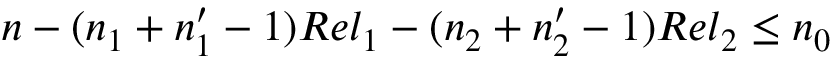
n - ( n _ { 1 } + n _ { 1 } ^ { \prime } - 1 ) R e l _ { 1 } - ( n _ { 2 } + n _ { 2 } ^ { \prime } - 1 ) R e l _ { 2 } \le n _ { 0 }